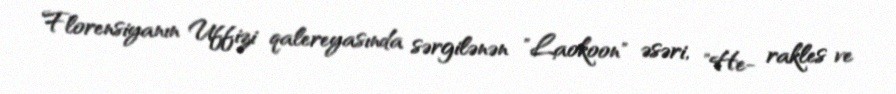
Florensiyanın Uffizi qalereyasında sərgilənən "Laokoon" əsəri, "He- rakles ve